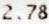
2.78